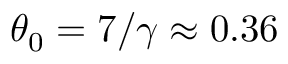
\theta _ { 0 } = 7 / \gamma \approx 0 . 3 6